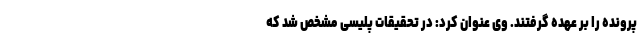
پرونده را بر عهده گرفتند. وی عنوان کرد: در تحقیقات پلیسی مشخص شد که